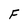
Character: F